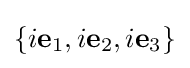
\{i\mathbf {e} _{1},i\mathbf {e} _{2},i\mathbf {e} _{3}\}